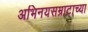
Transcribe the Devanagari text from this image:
अभिनयसम्राटाच्या